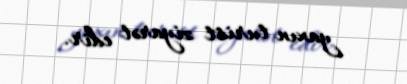
yaxın turist ziyarət edir.